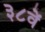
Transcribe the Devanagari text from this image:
३८वें